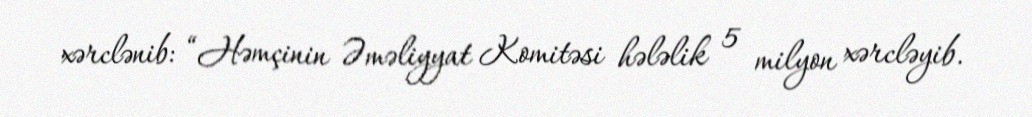
xərclənib: “Həmçinin Əməliyyat Komitəsi hələlik 5 milyon xərcləyib.